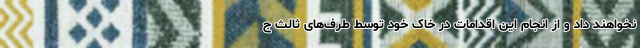
نخواهند داد و از انجام این اقدامات در خاک خود توسط طرف‌های ثالث ج